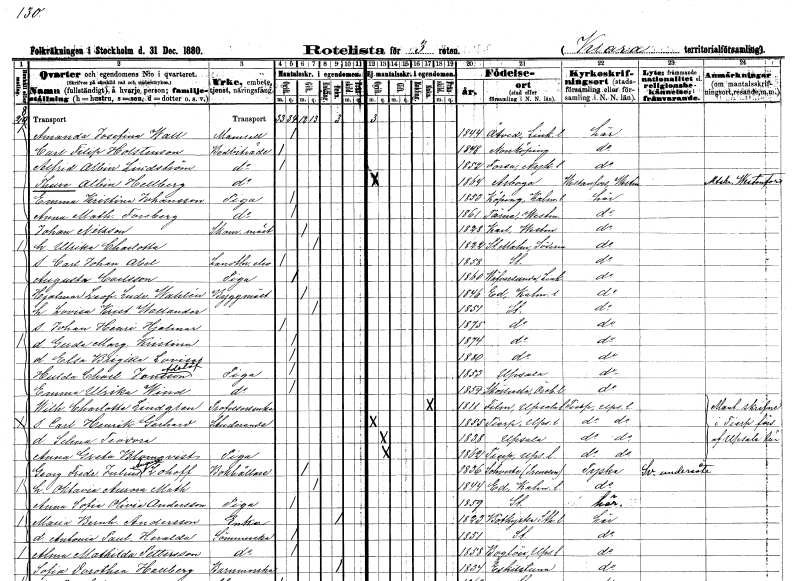
gt_parse: households: individuals: FN: Amanda Josefina
EN: Wall
KON: K
CIV: O
FODAR: 1844
FODFORS: Åtvid Östergötlands län
FN: Carl Filip
EN: Holstenson
YRKE: Bodbiträde
KON: M
CIV: O
FODAR: 1848
FODFORS: Norrköping Östergötlands län
FN: Alfred Albin
EN: Lindström
YRKE: Bodbiträde
KON: M
CIV: O
FODAR: 1852
FODFORS: Forssa Södermanlands län
FN: Thure Albin
EN: Hellberg
YRKE: Bodbiträde
KON: M
CIV: O
FODAR: 1864
FODFORS: Arboga Västmanlands län
FN: Emma Kristina
EN: Johansson
YRKE: Piga
KON: K
CIV: O
FODAR: 1853
FODFORS: Köping Kalmar län
FN: Anna Mathilda
EN: Forsberg
YRKE: Piga
KON: K
CIV: O
FODAR: 1861
FODFORS: Tärna Västmanlands län
FN: Johan
EN: Nilsson
YRKE: Skomakarmäster
KON: M
CIV: G
FODAR: 1828
FODFORS: Kung Karl Västmanlands län
FN: Ulrika Charlotta
KON: K
CIV: G
FODAR: 1822
FODFORS: Stora Malm Södermanlands län
FN: Carl Johan Abel
YRKE: Lantbrukselev
KON: M
CIV: O
FODAR: 1858
FODFORS: Stockholm
FN: Augusta
EN: Carlsson
YRKE: Piga
KON: K
CIV: O
FODAR: 1860
FODFORS: Väversunda Östergötlands län
FN: Hjalmar Leopold Ludvig
EN: Wahlén
YRKE: Byggmästare
KON: M
CIV: G
FODAR: 1846
FODFORS: Ed Kalmar län
FN: Lovisa Kristina
EN: Wallander
KON: K
CIV: G
FODAR: 1851
FODFORS: Stockholm
FN: Johan Henri Hjalmar
KON: M
CIV: O
FODAR: 1875
FODFORS: Stockholm
FN: Gerda Margareta Kristina
KON: K
CIV: O
FODAR: 1874
FODFORS: Stockholm
FN: Elsa Brigitta Lovisa
KON: K
CIV: O
FODAR: 1880
FODFORS: Stockholm
FN: Hulda Charlotta
EN: Jonsson Adelöf
YRKE: Piga
KON: K
CIV: O
FODAR: 1853
FODFORS: Uppsala Uppsala län
FN: Emma Ulrika
EN: Wind
YRKE: Piga
KON: K
CIV: O
FODAR: 1854
FODFORS: Sköllersta Örebro län
FN: Wilhelmina Charlotta
EN: Lindgren
YRKE: Professorsänka
KON: K
CIV: E
FODAR: 1811
FODFORS: Film Uppsala län
FN: Carl Henrik Gerhard
YRKE: Studerande
KON: M
CIV: O
FODAR: 1855
FODFORS: Tierp Uppsala län
FN: Selma Teodora
KON: K
CIV: O
FODAR: 1838
FODFORS: Uppsala Uppsala län
FN: Anna Greta
EN: Blomqvist
YRKE: Piga
KON: K
CIV: O
FODAR: 1862
FODFORS: Tierp Uppsala län
FN: Georg Fredrik Julius August
EN: Lohoff
YRKE: Bokhållare
KON: M
CIV: G
FODAR: 1836
FN: Oktavia Aurora Mathilda
KON: K
CIV: G
FODAR: 1844
FODFORS: Ed Kalmar län
FN: Anna Sofia Olivia
EN: Andersson
YRKE: Piga
KON: K
CIV: O
FODAR: 1859
FODFORS: Stockholm
FN: Maria Bernhardina
EN: Andersson
YRKE: Änka
KON: K
CIV: E
FODAR: 1823
FODFORS: Botkyrka Stockholms län
FN: Antonia Paulina Heralda
YRKE: Sömmerska
KON: K
CIV: O
FODAR: 1851
FODFORS: Stockholm
FN: Alma Mathilda
EN: Pettersson
YRKE: Sömmerska
KON: K
CIV: O
FODAR: 1858
FODFORS: Boglösa Uppsala län
FN: Sofia Dorothea
EN: Hallberg
YRKE: Barnmorska
KON: K
CIV: E
FODAR: 1834
FODFORS: Eskilstuna Södermanlands län